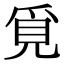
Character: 覓